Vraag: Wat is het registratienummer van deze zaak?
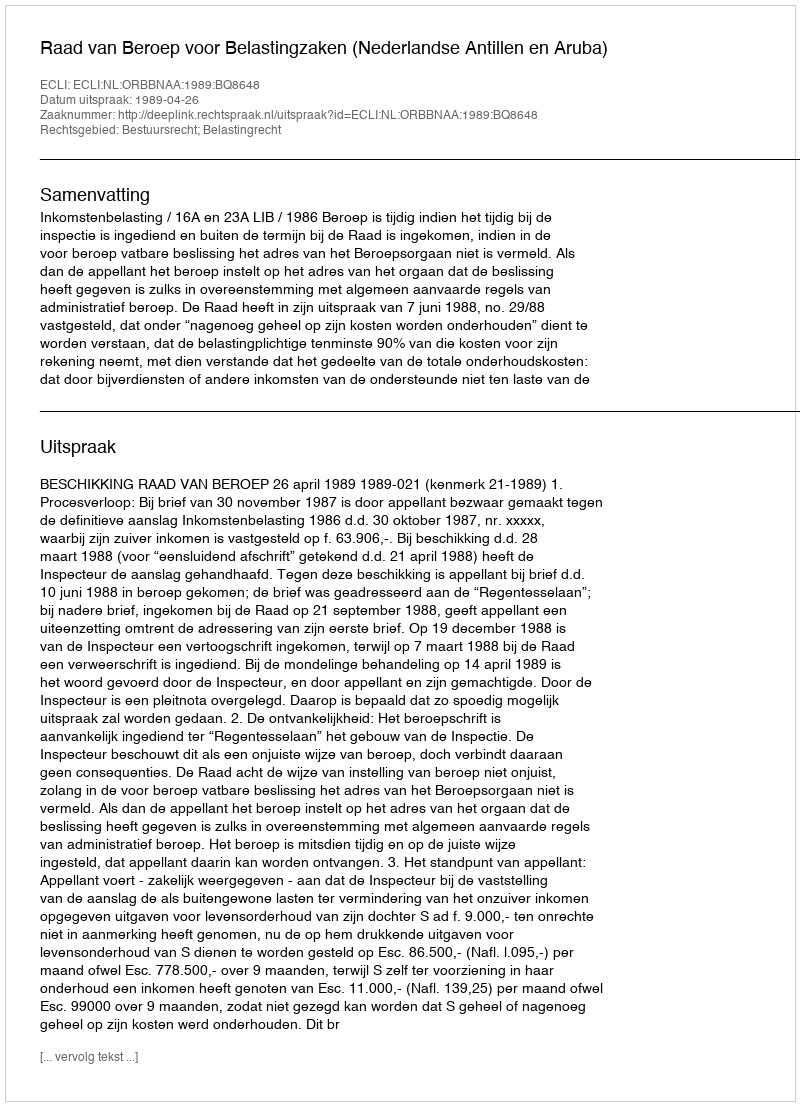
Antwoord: http://deeplink.rechtspraak.nl/uitspraak?id=ECLI:NL:ORBBNAA:1989:BQ8648